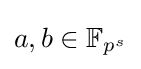
a,b\in \mathbb {F} _{p^{s}}